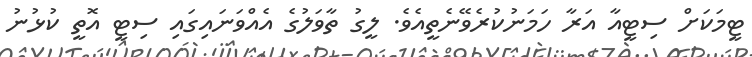
ޓީމަކަށް ސިޓީއާ އަރާ ހަމަނުކުރެވޭނެތީއެވެ. ލީގު ތާވަލުގެ އެއްވަނައިގައި ސިޓީ އޮތީ ކުޅުނު